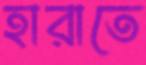
হারাতে